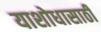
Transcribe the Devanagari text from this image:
याशोधासाठी